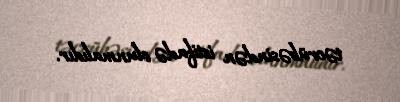
təcrübəsindən istifadə olunmalıdır.